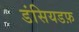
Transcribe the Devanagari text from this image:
डंसियडफ़